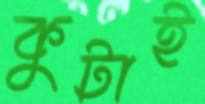
কুটাই